Lunatic asylums in Bengal annual reports 1912-1924 - 1912-1924
Year: 1912
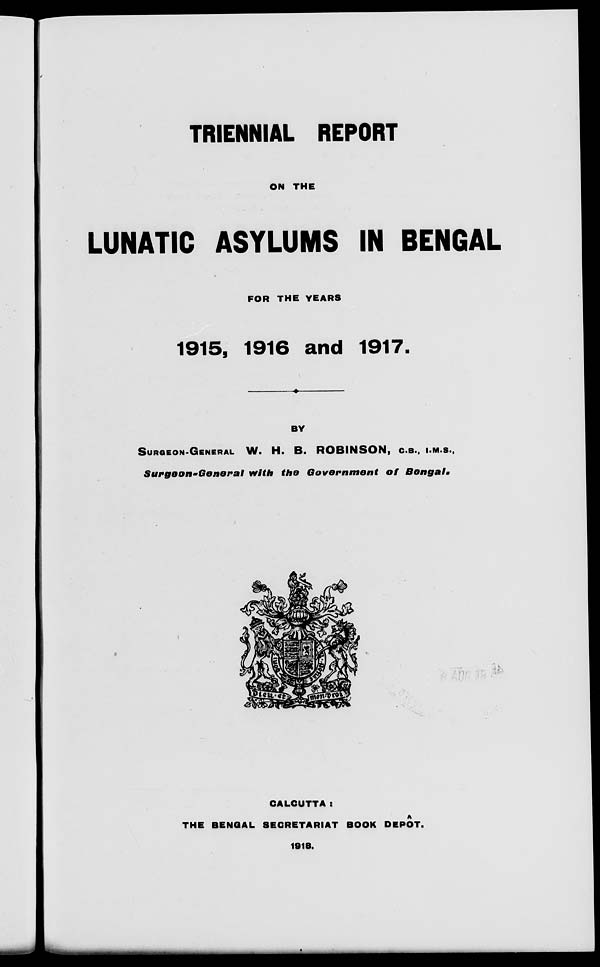
TRIENNIAL REPORT
ON THE
LUNATIC ASYLUMS IN BENGAL
FOR THE YEARS
1915, 1916 and 1917.
BY
SURGEON-GENERAL W. H. B. ROBINSON, C.B., I.M.S.,
Surgeon-General
with the Government
of
Bengal.
CALCUTTA :
THE BENGAL SECRETARIAT BOOK DEPÔT.
1918.